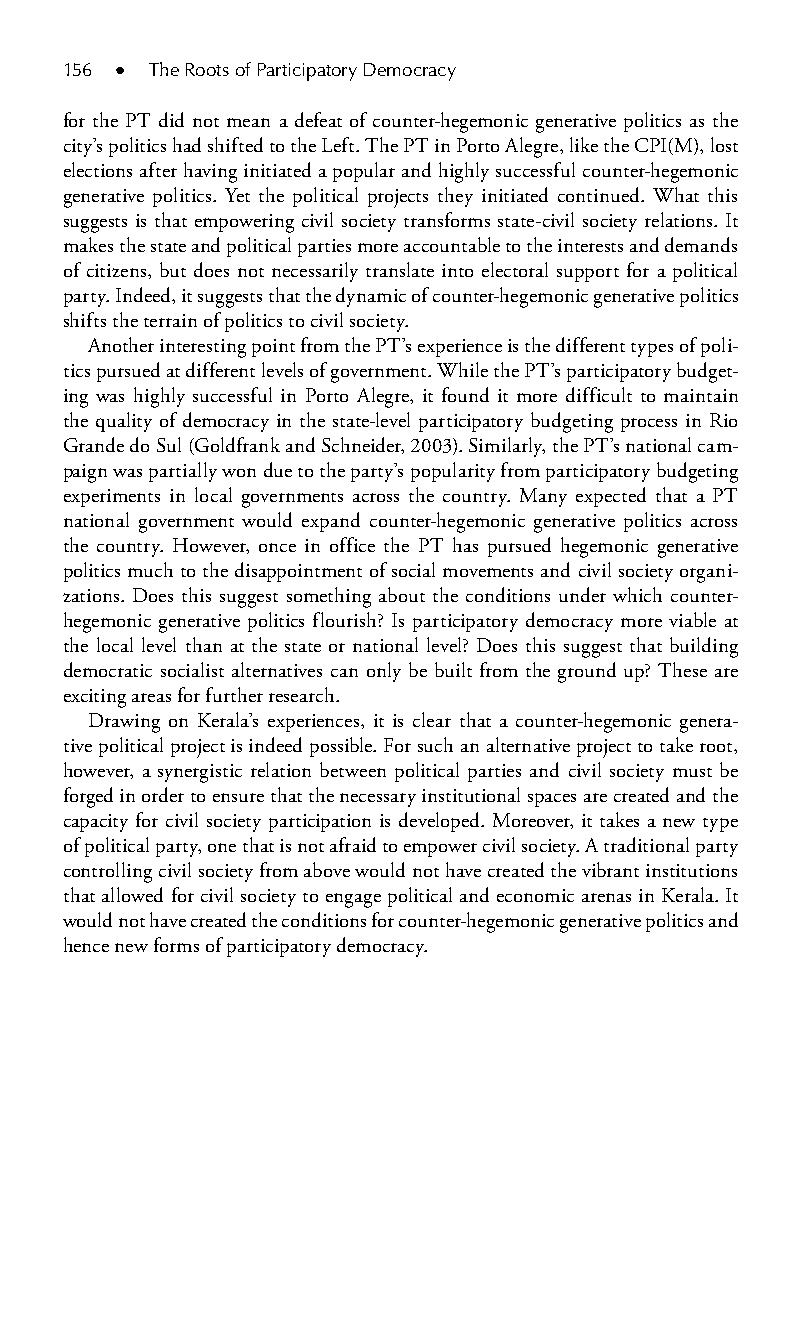
156 ● The Roots of Participatory Democracy
 for the PT did not mean a defeat of counter-hegemonic generative politics as the
 city’s p olitics had shifted to the Left. The PT in Porto Alegre, like the CPI(M), lost
 elections after having initiated a popular and highly successful counter-hegemonic
 generative politics. Yet the political projects they initiated continued. What this
 suggests is that empowering civil society transforms state-civil society relations. It
 makes the state and political parties more accountable to the interests and demands
 of citizens, but does not necessarily translate into electoral support for a political
 party. Indeed, it suggests that the dynamic of counter-hegemonic generative politics
 shifts the terrain of politics to civil society.
 Another interesting point from the PT’s experience is the different types of poli-
 tics pursued at different levels of government. While the PT’s participatory budget-
 ing was highly successful in Porto Alegre, it found it more difficult to maintain
 the quality of democracy in the state-level participatory budgeting process in Rio
 Grande do Sul (Goldfrank and Schneider, 2003). Similarly, the PT’s national cam-
 paign was partially won due to the party’s popularity from participatory budgeting
 experiments in local governments across the country. Many expected that a PT
 national government would expand counter-hegemonic generative politics across
 the country. However, once in office the PT has pursued hegemonic generative
 politics much to the disappointment of social movements and civil society organi-
 zations. Does this suggest something about the conditions under which counter-
 hegemonic generative politics flourish? Is participatory democracy more viable at
 the local level than at the state or national level? Does this suggest that building
 democratic socialist alternatives can only be built from the ground up? These are
 exciting areas for further research.
 Drawing on Kerala’s experiences, it is clear that a counter-hegemonic genera-
 tive political project is indeed possible. For such an alternative project to take root,
 however, a synergistic relation between political parties and civil society must be
 forged in order to ensure that the necessary institutional spaces are created and the
 capacity for civil society participation is developed. Moreover, it takes a new type
 of political party, one that is not afraid to empower civil society. A traditional party
 controlling civil society from above would not have created the vibrant institutions
 that allowed for civil society to engage political and economic arenas in Kerala. It
 would not have created the conditions for counter-hegemonic generative politics and
 hence new forms of participatory democracy.
 99778800223300660066440011ttss1111..iinndddd 115566 33//2255//22000088 99::2211::2233 AAMM